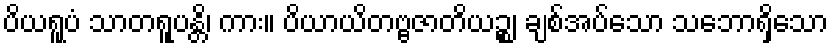
ပိယရူပံ သာတရူပန္တိ၊ ကား။ ပိယာယိတဗ္ဗဇာတိယဉ္စ၊ ချစ်အပ်သော သဘောရှိသော